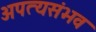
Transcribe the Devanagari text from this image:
अपत्यसंभव